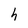
Character: h